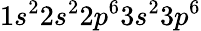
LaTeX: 1s^{2}2s^{2}2p^{6}3s^{2}3p^{6}